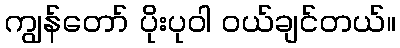
ကျွန်တော် ပိုးပုဝါ ဝယ်ချင်တယ်။